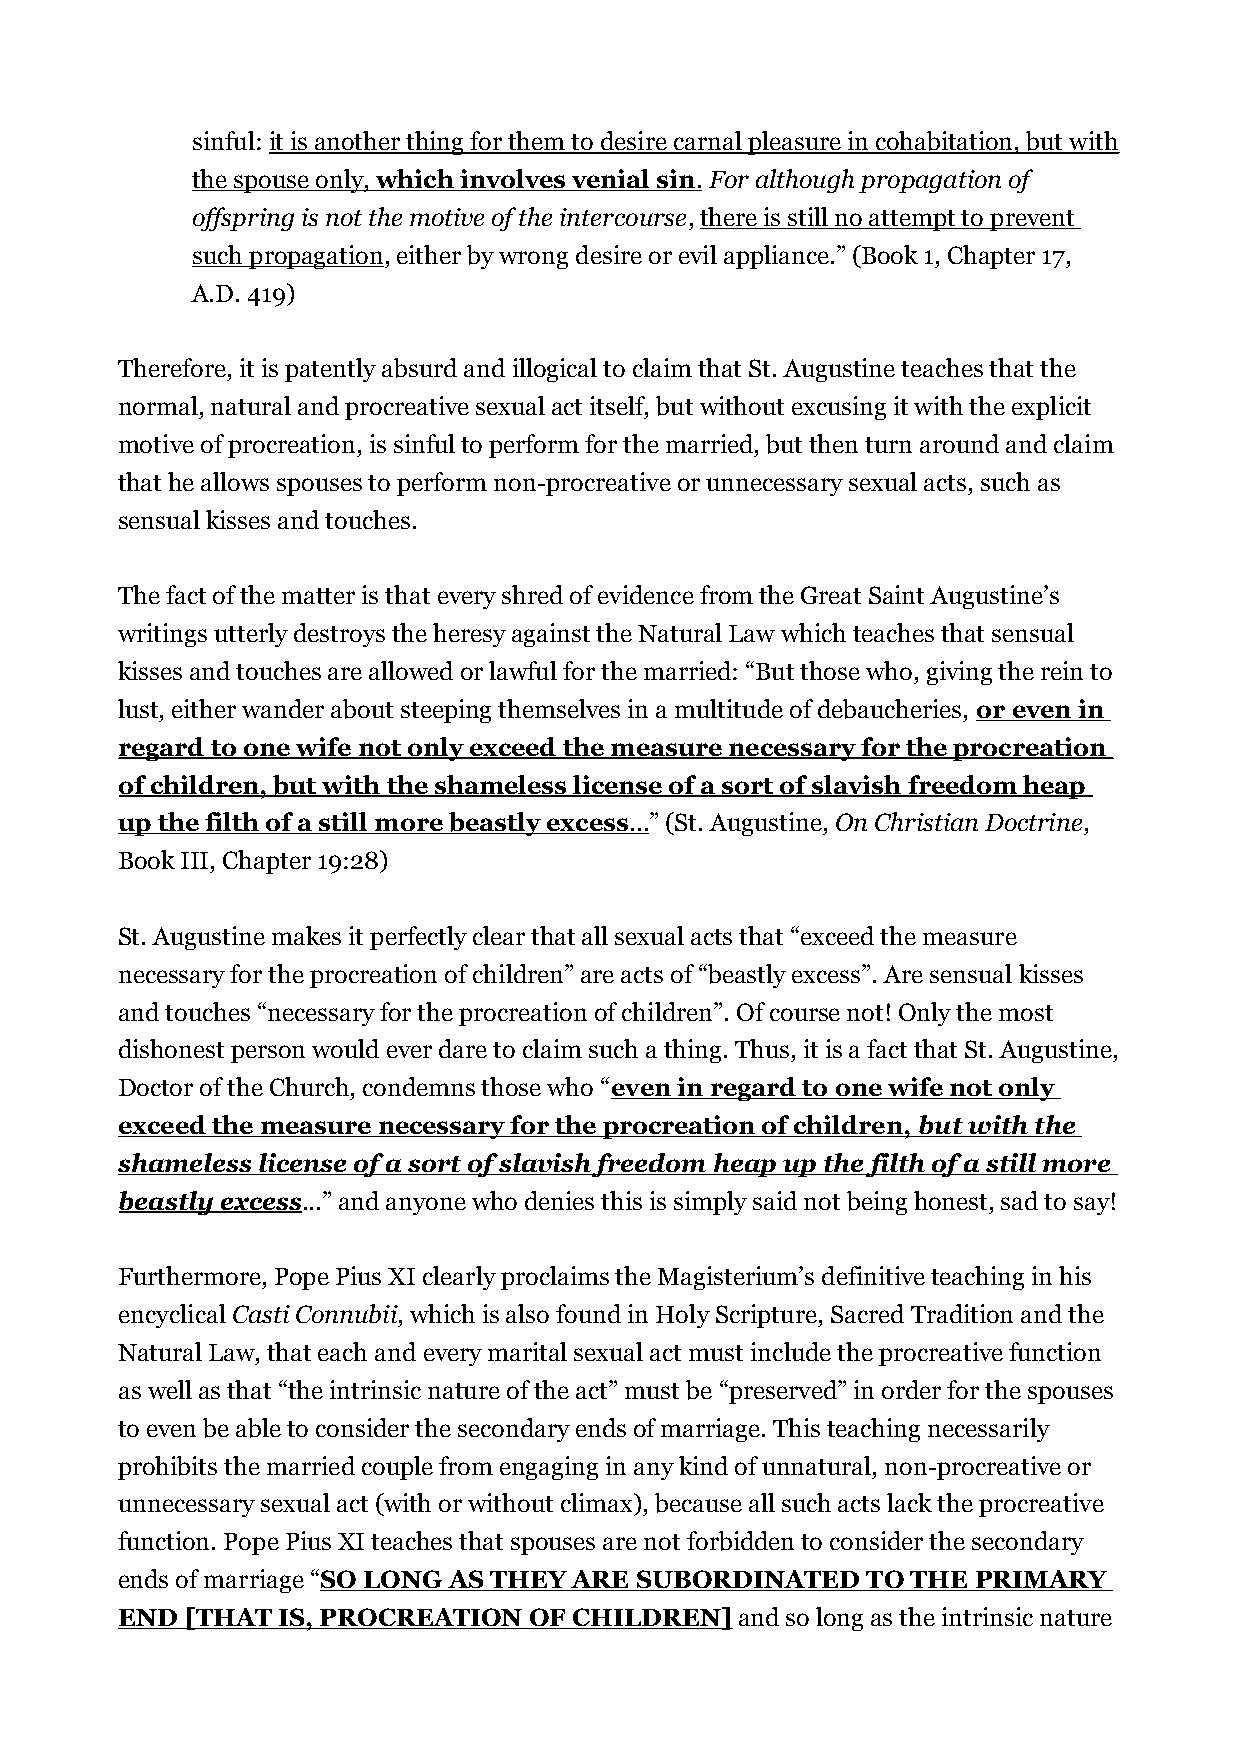
sinful: it is another thing for them to desire carnal pleasure in cohabitation, but with
 the spouse only, which involves venial sin . For although propagation of
 offspring is not the motive of the intercourse, there is still no attempt to prevent
 such propagation, either by wrong desire or evil appliance.” (Book 1, Chapter 17,
 A.D. 419)
 Therefore, it is patently absurd and illogical to claim that St. Augustine teaches that the
 normal, natural and procreative sexual act itself, but without excusing it with the explicit
 motive of procreation, is sinful to perform for the married, but then turn around and claim
 that he allows spouses to perform non-procreative or unnecessary sexual acts, such as
 sensual kisses and touches.
 The fact of the matter is that every shred of evidence from the Great Saint Augustine’s
 writings utterly destroys the heresy against the Natural Law which teaches that sensual
 kisses and touches are allowed or lawful for the married: “But those who, giving the rein to
 lust, either wander about steeping themselves in a multitude of debaucheries, or even in
 regard to one wife not only exceed the measure necessary for the procreation
 of children, but with the shameless license of a sort of slavish freedom heap
 up the filth of a still more beastly excess ... ” (St. Augustine, On Christian Doctrine,
 Book III, Chapter 19:28)
 St. Augustine makes it perfectly clear that all sexual acts that “exceed the measure
 necessary for the procreation of children” are acts of “beastly excess”. Are sensual kisses
 and touches “necessary for the procreation of children”. Of course not! Only the most
 dishonest person would ever dare to claim such a thing. Thus, it is a fact that St. Augustine,
 Doctor of the Church, condemns those who “even in regard to one wife not only
 exceed the measure necessary for the procreation of children, but with the
 shameless license of a sort of slavish freedom heap up the filth of a still more
 beastly excess...” and anyone who denies this is simply said not being honest, sad to say!
 Furthermore, Pope Pius XI clearly proclaims the Magisterium’s definitive teaching in his
 encyclical Casti Connubii, which is also found in Holy Scripture, Sacred Tradition and the
 Natural Law, that each and every marital sexual act must include the procreative function
 as well as that “the intrinsic nature of the act” must be “preserved” in order for the spouses
 to even be able to consider the secondary ends of marriage. This teaching necessarily
 prohibits the married couple from engaging in any kind of unnatural, non-procreative or
 unnecessary sexual act (with or without climax), because all such acts lack the procreative
 function. Pope Pius XI teaches that spouses are not forbidden to consider the secondary
 ends of marriage “SO LONG AS THEY ARE SUBORDINATED TO THE PRIMARY
 END [THAT IS, PROCREATION  OF CHILDREN]  and so long as the intrinsic nature